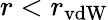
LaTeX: r<r_{\mathrm{vdW}}